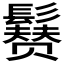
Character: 𩯒